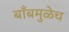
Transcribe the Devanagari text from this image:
बाँबमुळेच